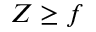
Z \geq f